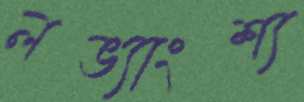
লভ্যাংশ্য